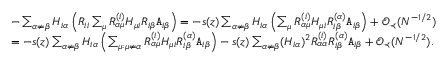
\begin{array} { r l } & { - \sum _ { \alpha \neq \beta } H _ { i \alpha } \left( R _ { i i } \sum _ { \mu } R _ { \alpha \mu } ^ { ( i ) } H _ { \mu i } R _ { i \beta } { \texttt A } _ { i \beta } \right) = - s ( z ) \sum _ { \alpha \neq \beta } H _ { i \alpha } \left( \sum _ { \mu } R _ { \alpha \mu } ^ { ( i ) } H _ { \mu i } R _ { i \beta } ^ { ( \alpha ) } { \texttt A } _ { i \beta } \right) + { \mathcal O } _ { \prec } ( N ^ { - 1 / 2 } ) } \\ & { = - s ( z ) \sum _ { \alpha \neq \beta } H _ { i \alpha } \left( \sum _ { \mu : \mu \neq \alpha } R _ { \alpha \mu } ^ { ( i ) } H _ { \mu i } R _ { i \beta } ^ { ( \alpha ) } { \texttt A } _ { i \beta } \right) - s ( z ) \sum _ { \alpha \neq \beta } ( H _ { i \alpha } ) ^ { 2 } R _ { \alpha \alpha } ^ { ( i ) } R _ { i \beta } ^ { ( \alpha ) } { \texttt A } _ { i \beta } + { \mathcal O } _ { \prec } ( N ^ { - 1 / 2 } ) . } \end{array}